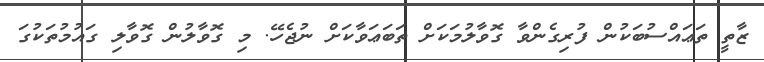
ޒާތީ ތަޢައްސުބަކުން ފުރިގެންވާ ގޮވާލުމަކަށް ތަބަޢަވާކަށް ނުޖެހޭ. މި ގޮވާލުން ގޮވާލި ގައުމުތަކުގަ